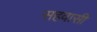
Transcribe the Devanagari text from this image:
सहवासी